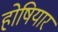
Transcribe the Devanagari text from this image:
होषियार